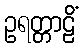
ဥရတ္တာဠိံ